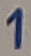
Text: 1